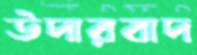
উদারবাদ